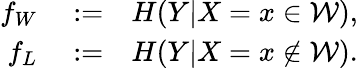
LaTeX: \begin{array}{rlr}{f_{W}}&{{}:=}&{H(Y|X=x\in\mathcal{W}),}\\ {f_{L}}&{{}:=}&{H(Y|X=x\notin\mathcal{W}).}\end{array}